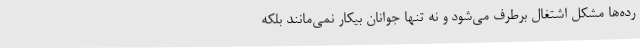
رده‌ها مشکل اشتغال برطرف می‌شود و نه تنها جوانان بیکار نمی‌مانند بلکه